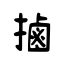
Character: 𢲸